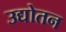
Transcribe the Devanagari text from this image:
उद्योतन